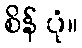
စိန် ပုံ။